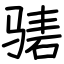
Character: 𬴃